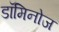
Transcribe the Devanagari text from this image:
डॉमिनोज